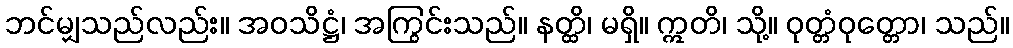
ဘင်မျှသည်လည်း။ အဝသိဋ္ဌံ၊ အကြွင်းသည်။ နတ္ထိ၊ မရှိ။ ဣတိ၊ သို့။ ဝုတ္တံဝုတ္တော၊ သည်။